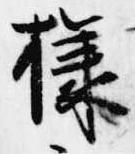
様